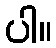
ပါ။